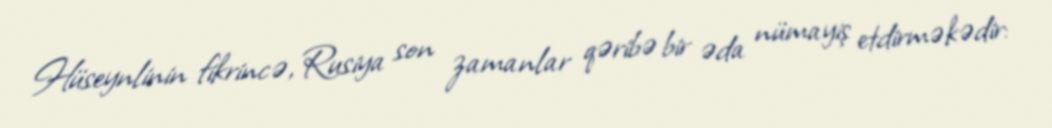
Hüseynlinin fikrincə, Rusiya son zamanlar qəribə bir əda nümayiş etdirməkədir: